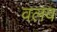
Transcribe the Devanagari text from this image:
वलव